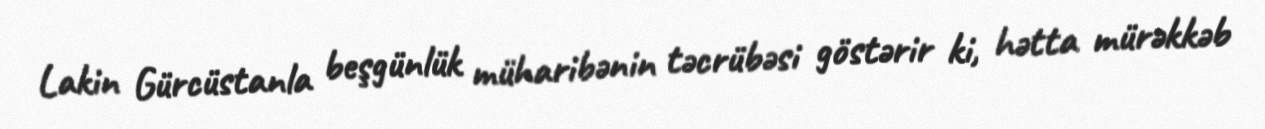
Lakin Gürcüstanla beşgünlük müharibənin təcrübəsi göstərir ki, hətta mürəkkəb